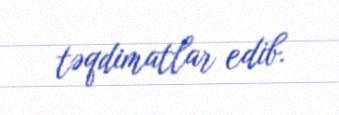
təqdimatlar edib.